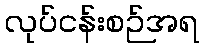
လုပ်ငန်းစဉ်အရ